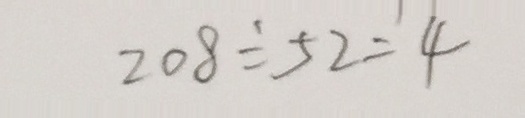
2 0 8 \div 5 2 = 4